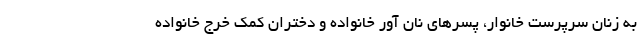
به زنان سرپرست خانوار، پسرهای نان آور خانواده و دختران کمک خرج خانواده